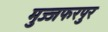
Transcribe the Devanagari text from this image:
मुज्जफरपुर